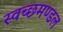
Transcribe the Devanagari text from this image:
स्‍वच्‍छमण्‍डल